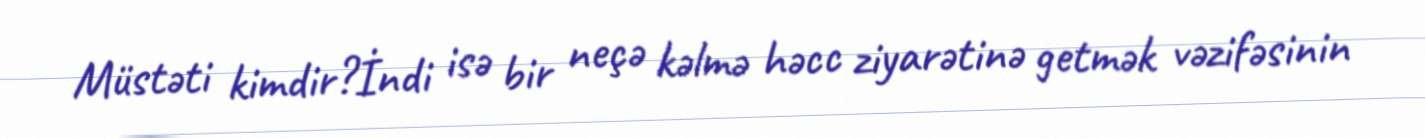
Müstəti kimdir?İndi isə bir neçə kəlmə həcc ziyarətinə getmək vəzifəsinin